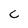
Character: C